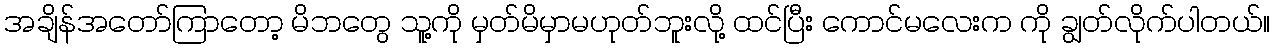
အချိန်အတော်ကြာတော့ မိဘတွေ သူ့ကို မှတ်မိမှာမဟုတ်ဘူးလို့ ထင်ပြီး ကောင်မလေးက ကို ချွတ်လိုက်ပါတယ်။